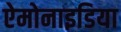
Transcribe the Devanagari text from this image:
ऐमोनाइडिया